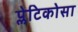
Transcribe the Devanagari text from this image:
प्लेटिकोसा